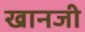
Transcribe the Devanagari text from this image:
खानजी